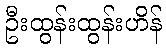
ဦးထွန်းထွန်းဟိန်